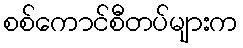
စစ်ကောင်စီတပ်များက